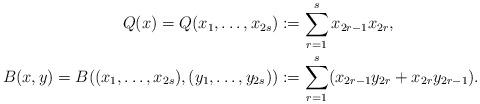
LaTeX: \begin{align*}Q(x)=Q(x_1,\dotsc,x_{2s})&:=\sum_{r=1}^s x_{2r-1}x_{2r},\\B(x,y)=B((x_1,\dotsc,x_{2s}),(y_1,\dotsc,y_{2s}))&:=\sum_{r=1}^s (x_{2r-1}y_{2r}+x_{2r}y_{2r-1}).\end{align*}